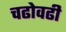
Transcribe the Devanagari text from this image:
चढोवढी